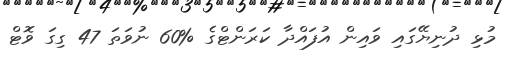
މުޅި ދުނިޔޭގައި ވައިން އުފައްދާ ކަރަންޓްގެ %60 ނުވަތަ 47 ގިގަ ވޮޓް